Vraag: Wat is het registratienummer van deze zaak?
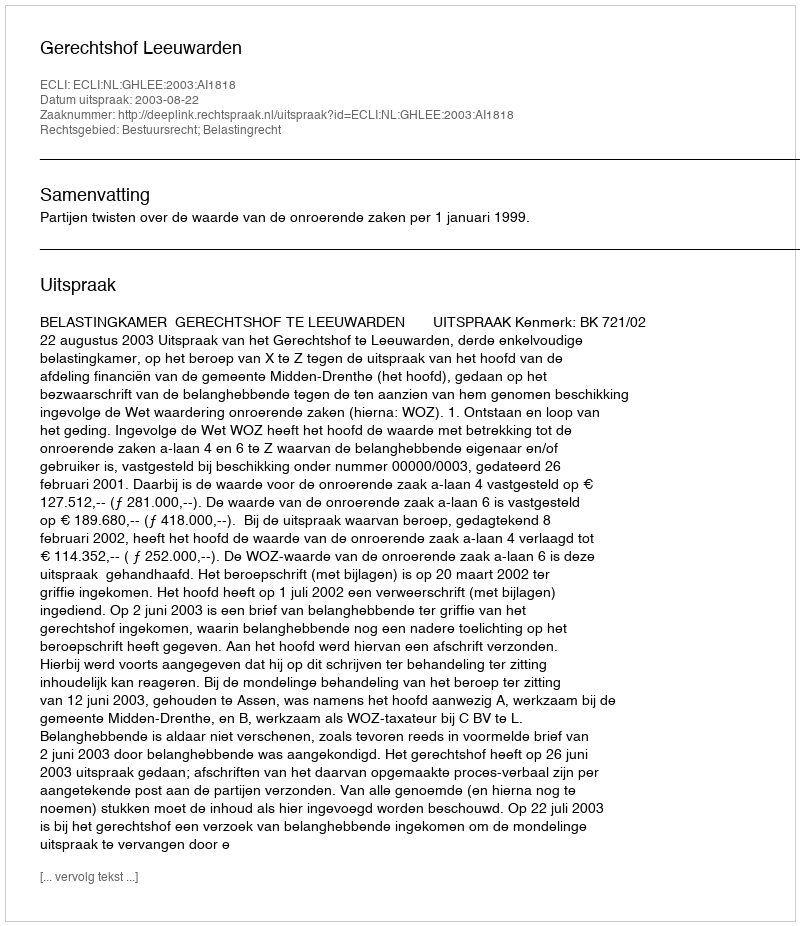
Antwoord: http://deeplink.rechtspraak.nl/uitspraak?id=ECLI:NL:GHLEE:2003:AI1818